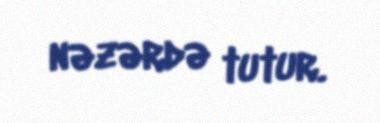
nəzərdə tutur.